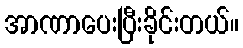
အာဏာပေးပြီးခိုင်းတယ်။